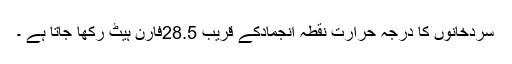
سردخانوں کا درجہ حرارت نقطہ انجمادکے قریب 28.5فارن ہیٹ رکھا جاتا ہے ۔